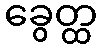
ခွေတ္ထ